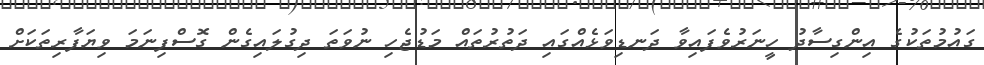
ގައުމުތަކުގެ އިންގިސާދު ހީނަރުވެފައިވާ ދަނޑިވަޅެއްގައި ދަތުރުތައް މަޑުޖެހި ނުވަތަ ދިގުލައިގެން ގޮސްފިނަމަ ވިޔަފާރިތަކަށް